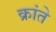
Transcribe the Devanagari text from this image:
क्रांते